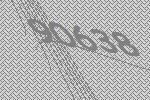
90638